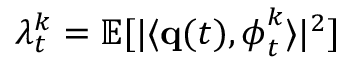
\lambda _ { t } ^ { k } = \mathbb { E } [ | \langle { \bf q } ( t ) , \boldsymbol { \phi } _ { t } ^ { k } \rangle | ^ { 2 } ] \mathrm { ~ }